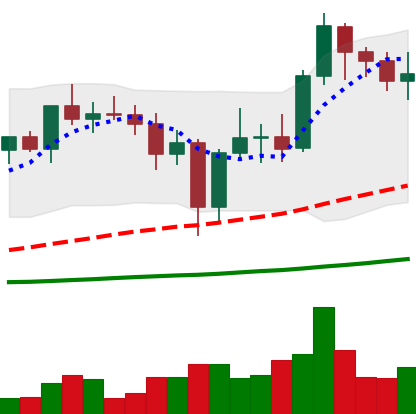
Ticker: ADA-USD
Chart end date: 2021-01-02
Forward return: 69.076%
Label: up_7plus